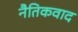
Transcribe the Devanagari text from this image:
नैतिकवाद